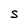
Character: S